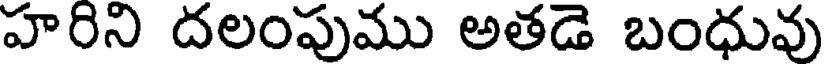
హరిని దలంపుము అతడె బంధువు